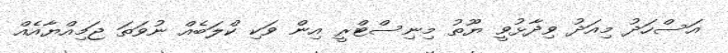
އަސްހަދު މިއަދު ވިދާޅުވީ ޔޫތު މިނިސްޓްރީ އިން ވަކި ކްލަބެއް ނުވަތަ ޖަމިއްޔާއެއް